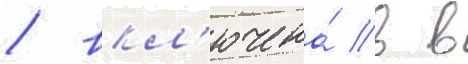
/ вкл'ючена́ в в